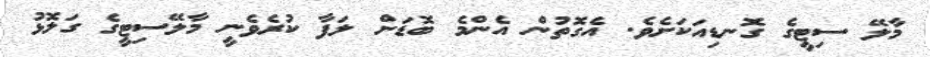
މާލޭ ސިޓީގެ ގޮނޑިއަކަށެވެ. އެގޮތުން އެންމެ ބޮޑަށް ލަފާ ކުރެވެނީ މާލޭސިޓީގެ ގަލޮޅު